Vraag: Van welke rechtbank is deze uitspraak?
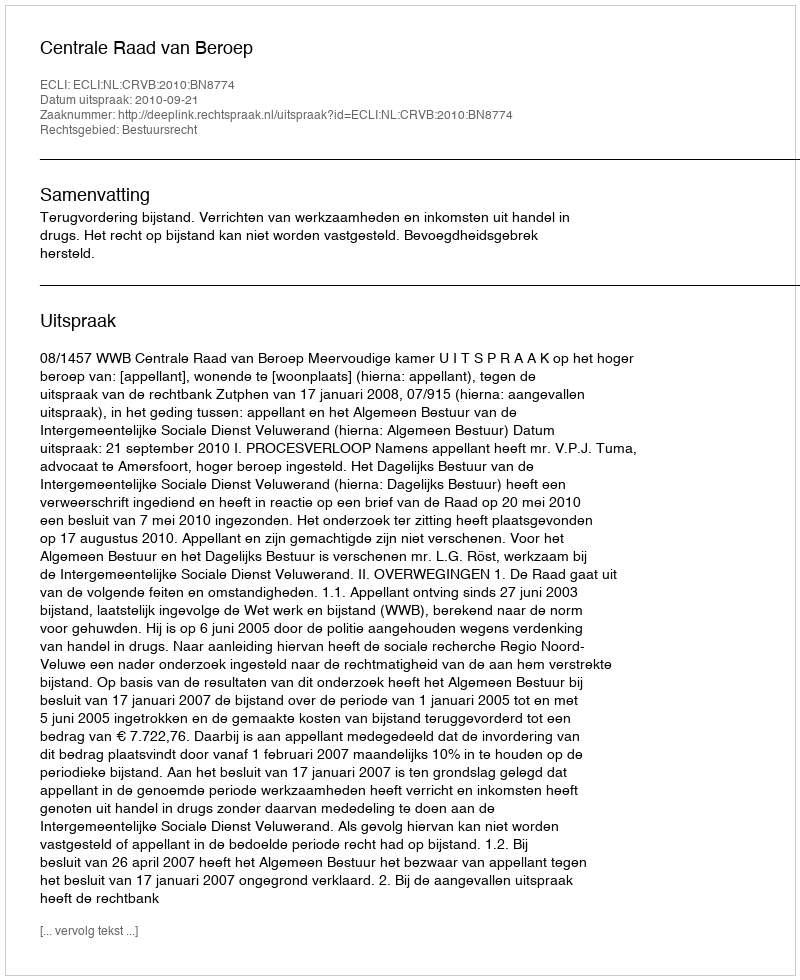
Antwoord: Centrale Raad van Beroep